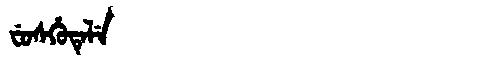
Manchu: ᠸᡠᠰᡥᡠᡨᡝᠯᡝ
Romanization: FUSHUTELE